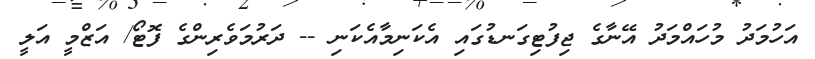
އަހުމަދު މުހައްމަދު އޭނާގެ ޖިފުޓިގަނޑުގައި އެކަނިމާއެކަނި -- ދަރުމަވެރިންގެ ފޮޓޯ/ އަޒްމީ އަލީ